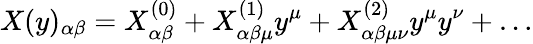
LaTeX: X(y)_{\alpha\beta}=X_{\alpha\beta}^{(0)}+X_{\alpha\beta\mu}^{(1)}y^{\mu}+X_{\alpha\beta\mu\nu}^{(2)}y^{\mu}y^{\nu}+\dots